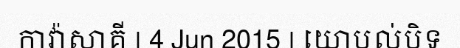
កាវ៉ាសាគី | 4 Jun 2015 | យោបល់បិទ